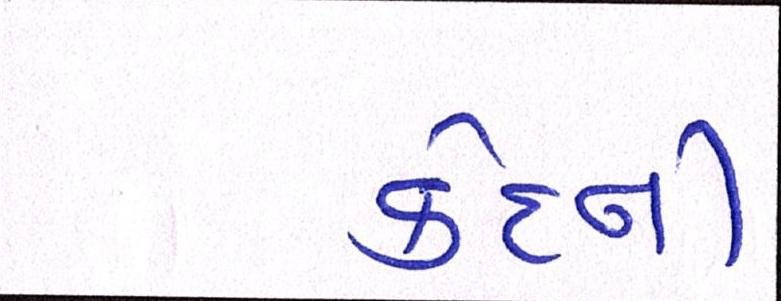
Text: કેદની